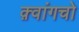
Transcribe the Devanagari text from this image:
क़्वांगचो